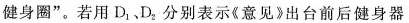
健身圈”。若用D_{1}、D_{2}分别表示《意见》出台前后健身器